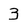
Character: 3